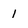
Character: 1